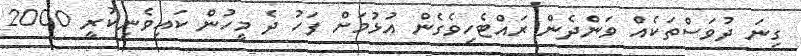
ގިނަ ދުވަސްތަކެއް ވަންދެން ރައްޓެހިވެގެން އުޅުމަށް ފަހު ދެ މީހުން ކައިވެނިކުރީ 2000